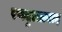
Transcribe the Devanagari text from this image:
रणदुल्लाबाद